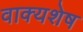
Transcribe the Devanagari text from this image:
वाक्यशेष